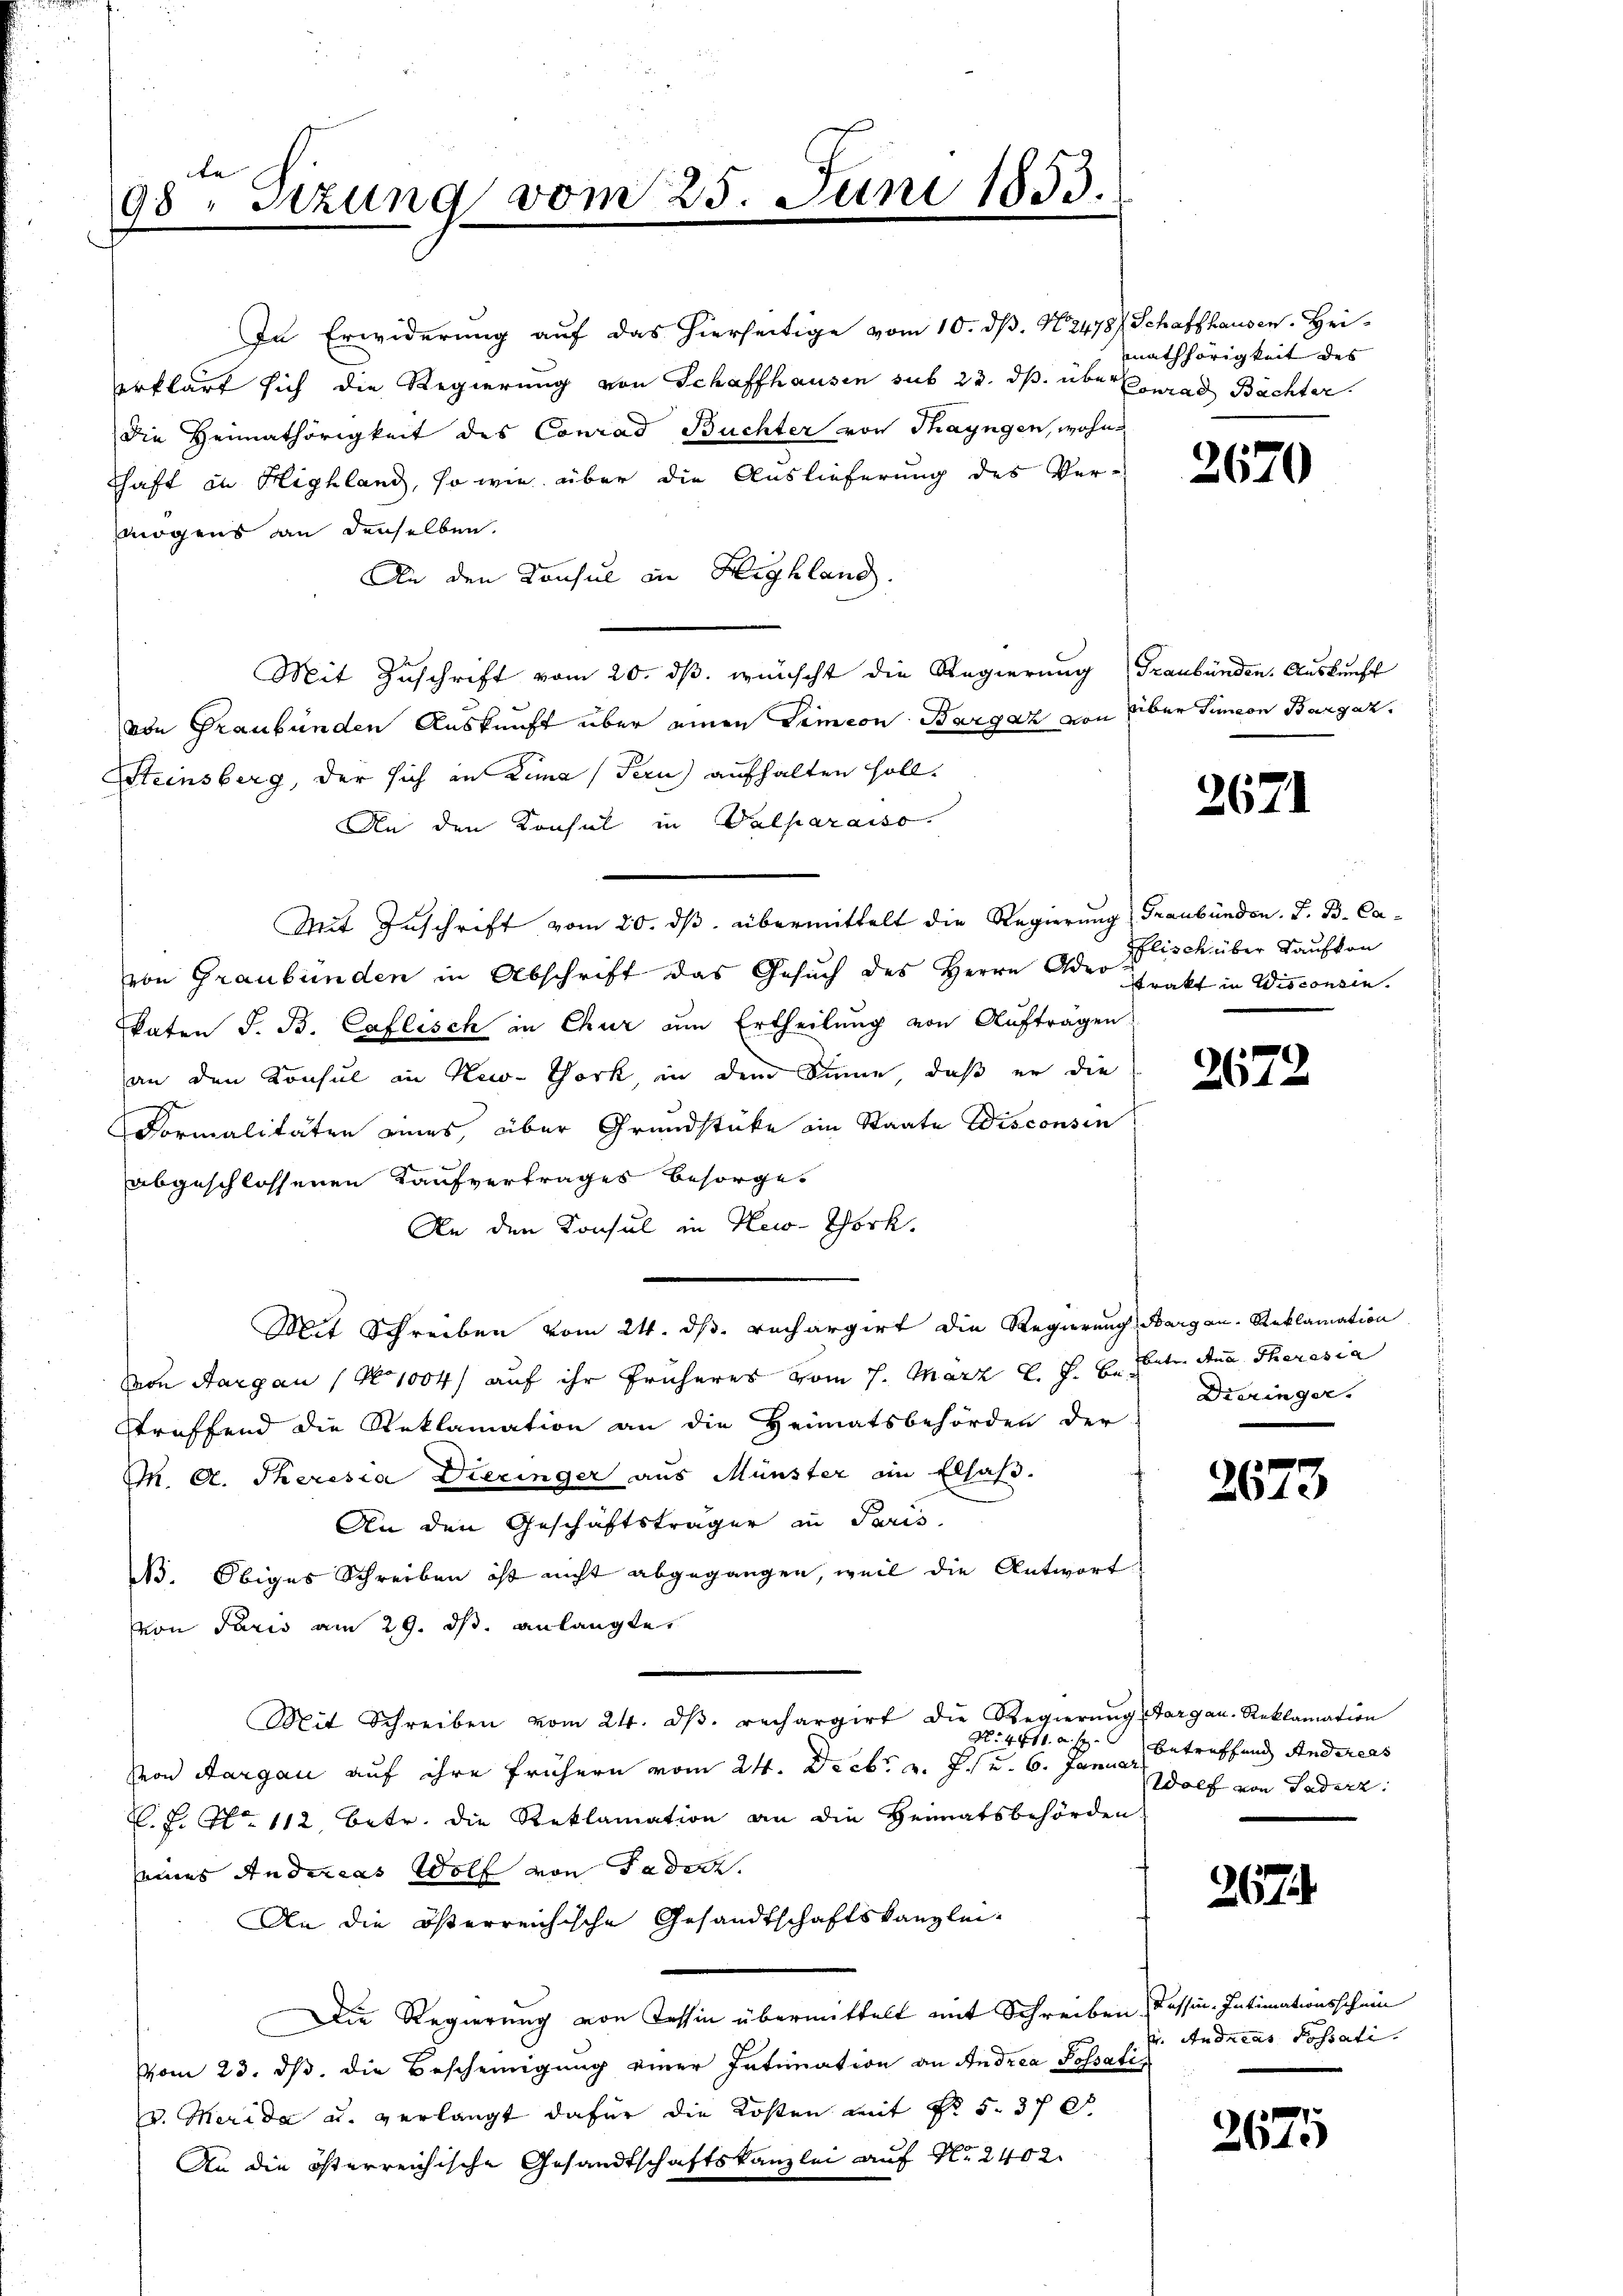
te
98. Szung vom 25. Juni 1853.

In Erwiderung auf das hierseitige vom 10. dß. N. 2478) Schaffhausen. Hei-
erklärt sich die Regierung von Schaffhausen sub 23. ds. über Conrad Bächter.
die Heimathörigkeit des Conrad Büchter von Thayngen, wohn
shaft in Highland, so wie über die Auslieferung des Ver-
mögens an derselben.
An den Konsul in Highland.
Mit Zuschrift vom 20. ds. wünscht die Regierung Graubünden. Auskunft
von Graubünden Auskunft über einen Simeon Bargaz von über Simeon Bargaz.
Steinsberg, der sich an Lina Fern) aufhalten soll.
An den Konsul in Valparaiso
Mit Zuschrift vom 20. ds. übermittelt die Regierung Graubünden. J. B. Cavon Graubünden in Abschrift das Gesuch des Herrn Ader Fisch über Kaufvon
Skaten J. B. Caflisch in Chur am Ertheilung von Auftragen
an den Konsul in New-York, in dem Sinne, daß er die
Formalitäten eines, über Grundstücke ein Staate Wisconsin
abgeschlossenen Kaufvertrages besorget
An den Konsul in New-York.
Mit Schreiben vom 24. dβ. rechargirt die Regierŭng Aargau-Reklamation
Von Aargau 1 No 1004) auf ihr früheres vom 7. März l. J. B. Seite den Theresia
streffend die Reklamation an die Heimatsbehörden der
M. A. Theresia Diezinger aus Münster an Elsaß.
An den Geschäftsträger in Paris
B. Obiges Schreiben ist nicht abgegangen, weil die Antwort
von Paris am 29. ds. anlangte
Mit Schreiben vom 24. dβ. rechargirt die Regierŭng Aargau-Reklamation
Von Aargau auf ihre frühern vom 24. Decbr v. J. u. 6. Januar
C. J. No. 112 betr. die Reklamation an die Heimatsbehörden
seines Andreas Wolf von Fadenz.
An die österreichische Gesandtschaftskanzlei-
Die Regierung von Tessin übermittelt mit Schreiben Tessin Intimationsschein
vom 23. ds. die Bescheinigung einer Intimation an Andrea Possati
v. Merida u. verlangt dafür die Kosten mit No 5. 370.
An die österreichische Gesandtschaftskanzlei auf Nr. 2402

mathörigkeit des

267

¬

2671

trakt in Wisconsin

2672.

Dieringer.

2673

N. 441 f. betreffend Anderers
Wolf von Paderz

267

u. Andreas Possati

2671